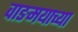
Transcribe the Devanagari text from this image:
वाङमयाच्या